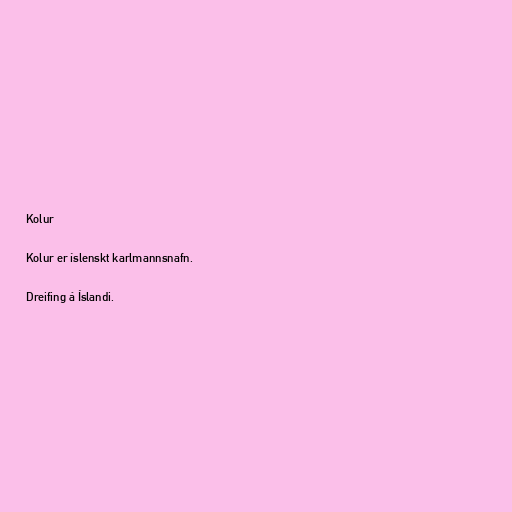
Kolur

Kolur er íslenskt karlmannsnafn.

Dreifing á Íslandi.